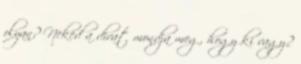
olyan? Neked a divat mondja meg, hogy ki vagy?